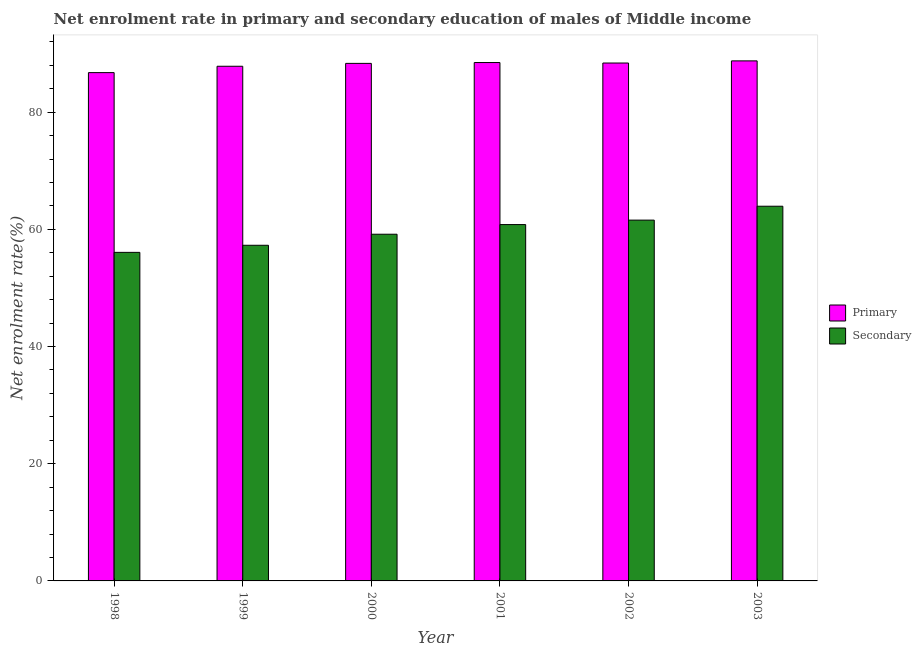
| Year | Primary | Secondary |
 | --- | --- | --- |
 | 1998 | 86.8 | 56.1 |
 | 1999 | 87.8 | 57.3 |
 | 2000 | 88.3 | 59.2 |
 | 2001 | 88.5 | 60.8 |
 | 2002 | 88.4 | 61.6 |
 | 2003 | 88.8 | 63.9 |